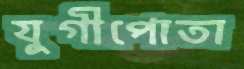
যুগীপোতা